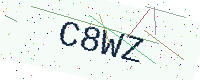
Text: C8WZ